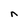
Character: n